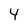
Character: 4